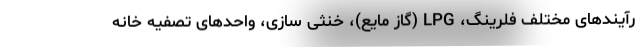
رآیندهای مختلف فلرینگ، LPG (گاز مایع)، خنثی سازی، واحدهای تصفیه خانه